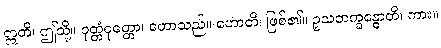
ဣတိ၊ ဤသို့။ ဝုတ္တံဝုတ္တော၊ ဟောသည်။ ဟောတိ၊ ဖြစ်၏။ ဥသဘက္ခန္ဓောတိ၊ ကား။